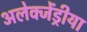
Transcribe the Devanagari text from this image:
अलेक्जेंड्रीया